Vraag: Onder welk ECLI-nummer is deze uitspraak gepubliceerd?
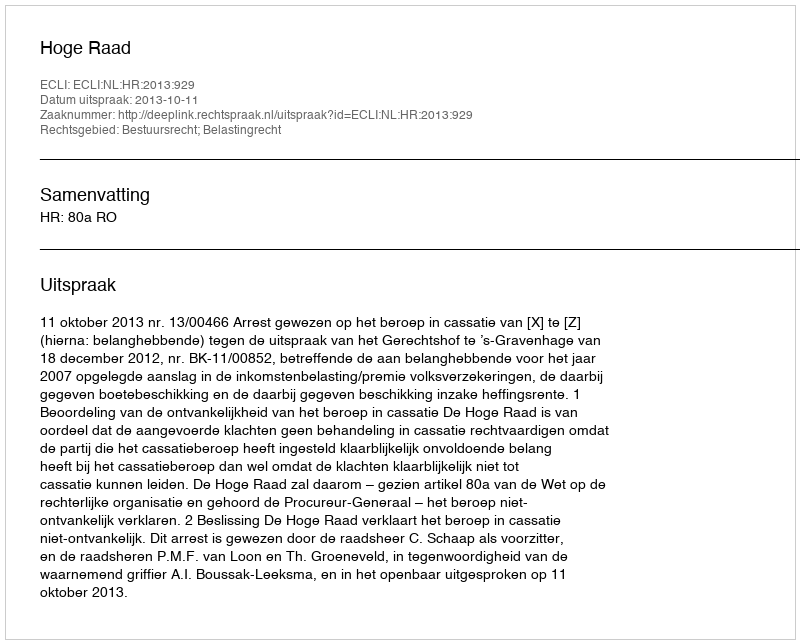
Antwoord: ECLI:NL:HR:2013:929